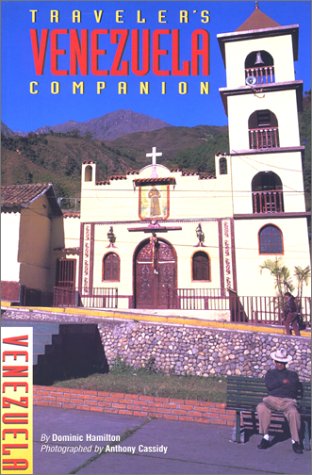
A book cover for Traveler's Companion Venezuela (Traveler's Companion Series); Dominic Hamilton; Travel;